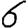
Digit: 6